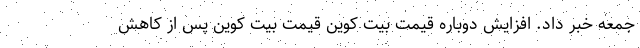
جمعه خبر داد. افزایش دوباره قیمت بیت کوین قیمت بیت کوین پس از کاهش